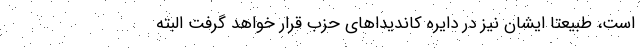
است، طبیعتاً ایشان نیز در دایره کاندیداهای حزب قرار خواهد گرفت البته